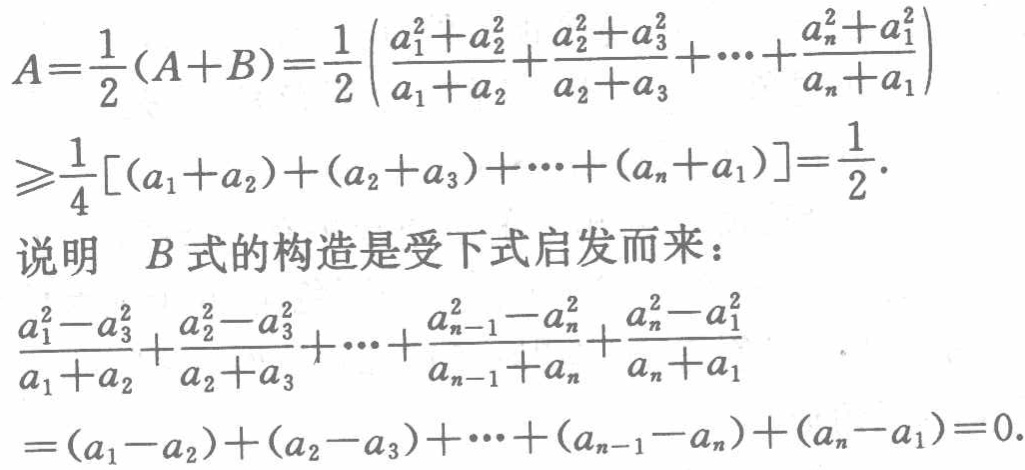
\[

\begin{align*}

A&=\frac{1}{2}(A + B)=\frac{1}{2}\left(\frac{a_{1}^{2}+a_{2}^{2}}{a_{1}+a_{2}}+\frac{a_{2}^{2}+a_{3}^{2}}{a_{2}+a_{3}}+\cdots+\frac{a_{n}^{2}+a_{1}^{2}}{a_{n}+a_{1}}\right)\\

&\geqslant\frac{1}{4}[(a_{1}+a_{2})+(a_{2}+a_{3})+\cdots+(a_{n}+a_{1})]=\frac{1}{2}.

\end{align*}

\]

说明 \(B\) 式的构造是受下式启发而来：

\[

\begin{align*}

&\frac{a_{1}^{2}-a_{3}^{2}}{a_{1}+a_{2}}+\frac{a_{2}^{2}-a_{3}^{2}}{a_{2}+a_{3}}+\cdots+\frac{a_{n - 1}^{2}-a_{n}^{2}}{a_{n - 1}+a_{n}}+\frac{a_{n}^{2}-a_{1}^{2}}{a_{n}+a_{1}}\\

=&(a_{1}-a_{2})+(a_{2}-a_{3})+\cdots+(a_{n - 1}-a_{n})+(a_{n}-a_{1}) = 0.

\end{align*}

\]